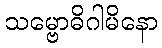
သမ္ဗောဓိဂါမိနော